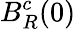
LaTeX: B_{R}^{c}(0)